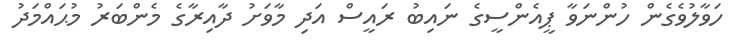
ހަވާލުވެގެން ހުންނަވާ ޕީއެންސީގެ ނައިބު ރައީސް އަދި މާވަށު ދާއިރާގެ މެންބަރު މުޙައްމަދު